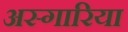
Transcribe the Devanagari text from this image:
अस्गारिया